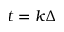
t = k \Delta